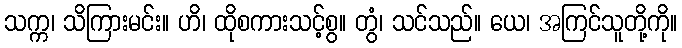
သက္က၊ သိကြားမင်း။ ဟိ၊ ထိုစကားသင့်စွ။ တွံ၊ သင်သည်။ ယေ၊ အကြင်သူတို့ကို။